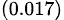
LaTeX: _{(0.017)}